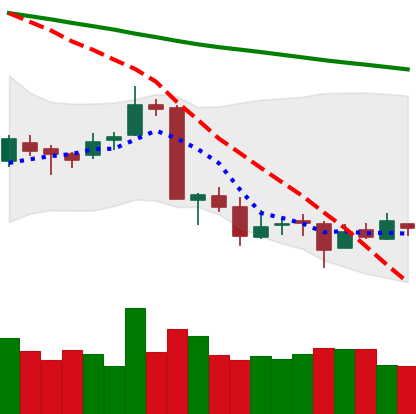
Ticker: ETC-USD
Chart end date: 2018-09-16
Forward return: 3.98%
Label: up_3_5